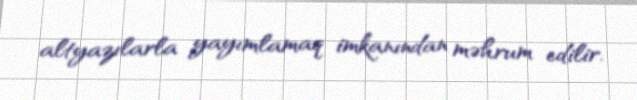
altyazılarla yayımlamaq imkanından məhrum edilir.